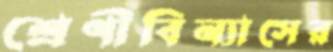
শ্রেণীবিন্যাসের